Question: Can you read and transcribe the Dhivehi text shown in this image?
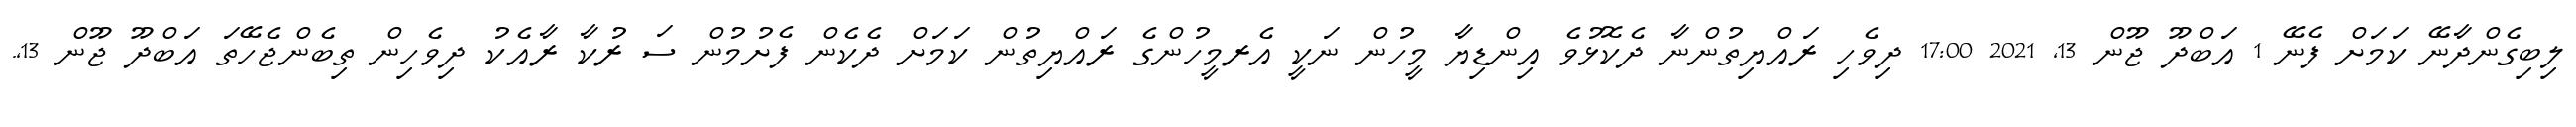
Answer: ލިބިގެންދާނޭ ކަމަށް ފެނޭ 1 އަބްދޫ ޖޫން 13, 2021 17:00 ދިވެހި ރައްޔިތުންނާ ދެކޮޅުވެ އިންޑިޔާ މީހުން ނަކީ އެރމީހުންގެ ރައްޔިތުން ކަމަށް ދެކެން ފެށުމުން ސަ ރުކާ ރާއެކު ދިވެހިން ތިބެންޖެހޭތަ އަބްދޫ ޖޫން 13,.